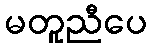
မတူညီပေ